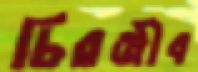
চিরঞ্জীব